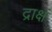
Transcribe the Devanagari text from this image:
द्राक्षं